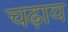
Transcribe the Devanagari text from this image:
चढ़ाय